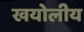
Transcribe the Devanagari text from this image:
खयोलीय